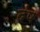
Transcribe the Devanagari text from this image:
दंष